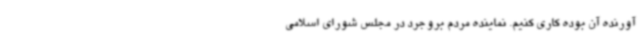
آورنده آن بوده کاری کنیم. نماینده مردم بروجرد در مجلس شورای اسلامی